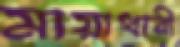
মায়াধারী